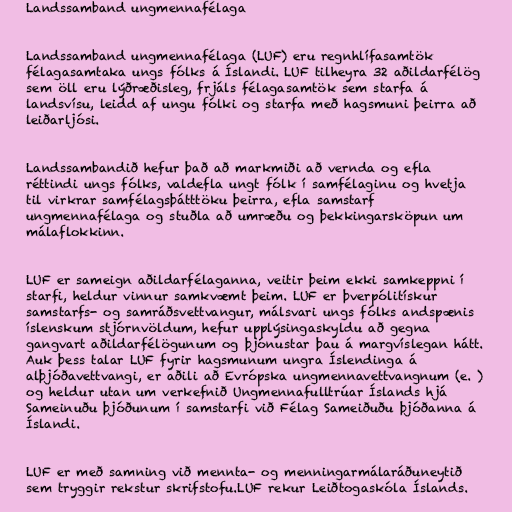
Landssamband ungmennafélaga

Landssamband ungmennafélaga (LUF) eru regnhlífasamtök
félagasamtaka ungs fólks á Íslandi. LUF tilheyra 32 aðildarfélög
sem öll eru lýðræðisleg, frjáls félagasamtök sem starfa á
landsvísu, leidd af ungu fólki og starfa með hagsmuni þeirra að
leiðarljósi.

Landssambandið hefur það að markmiði að vernda og efla
réttindi ungs fólks, valdefla ungt fólk í samfélaginu og hvetja
til virkrar samfélagsþátttöku þeirra, efla samstarf
ungmennafélaga og stuðla að umræðu og þekkingarsköpun um
málaflokkinn.

LUF er sameign aðildarfélaganna, veitir þeim ekki samkeppni í
starfi, heldur vinnur samkvæmt þeim. LUF er þverpólitískur
samstarfs- og samráðsvettvangur, málsvari ungs fólks andspænis
íslenskum stjórnvöldum, hefur upplýsingaskyldu að gegna
gangvart aðildarfélögunum og þjónustar þau á margvíslegan hátt.
Auk þess talar LUF fyrir hagsmunum ungra Íslendinga á
alþjóðavettvangi, er aðili að Evrópska ungmennavettvangnum (e. )
og heldur utan um verkefnið Ungmennafulltrúar Íslands hjá
Sameinuðu þjóðunum í samstarfi við Félag Sameiðuðu þjóðanna á
Íslandi.

LUF er með samning við mennta- og menningarmálaráðuneytið
sem tryggir rekstur skrifstofu.LUF rekur Leiðtogaskóla Íslands.